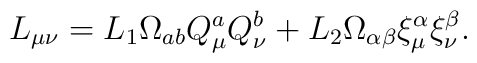
L_{\mu \nu }=L_{1}\Omega _{ab}Q_{\mu }^{ a}Q_{\nu }^{b}+L_{2}\Omega _{\alpha \beta }\xi _{\mu }^{ \alpha }\xi _{\nu }^{\beta }.